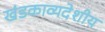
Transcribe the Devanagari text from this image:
खंडकाव्यदेशीय